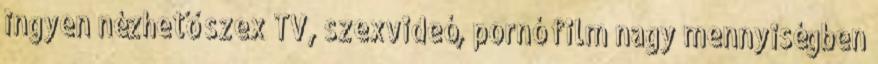
ingyen nézhető szex TV, szexvideó, pornó film nagy mennyiségben